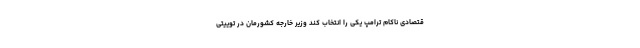
قتصادی ناکام ترامپ یکی را انتخاب کند وزیر خارجه کشورمان در توییتی